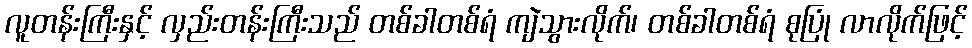
လူတန်းကြီးနှင့် လှည်းတန်းကြီးသည် တစ်ခါတစ်ရံ ကျဲသွားလိုက်၊ တစ်ခါတစ်ရံ စုပြုံ လာလိုက်ဖြင့်